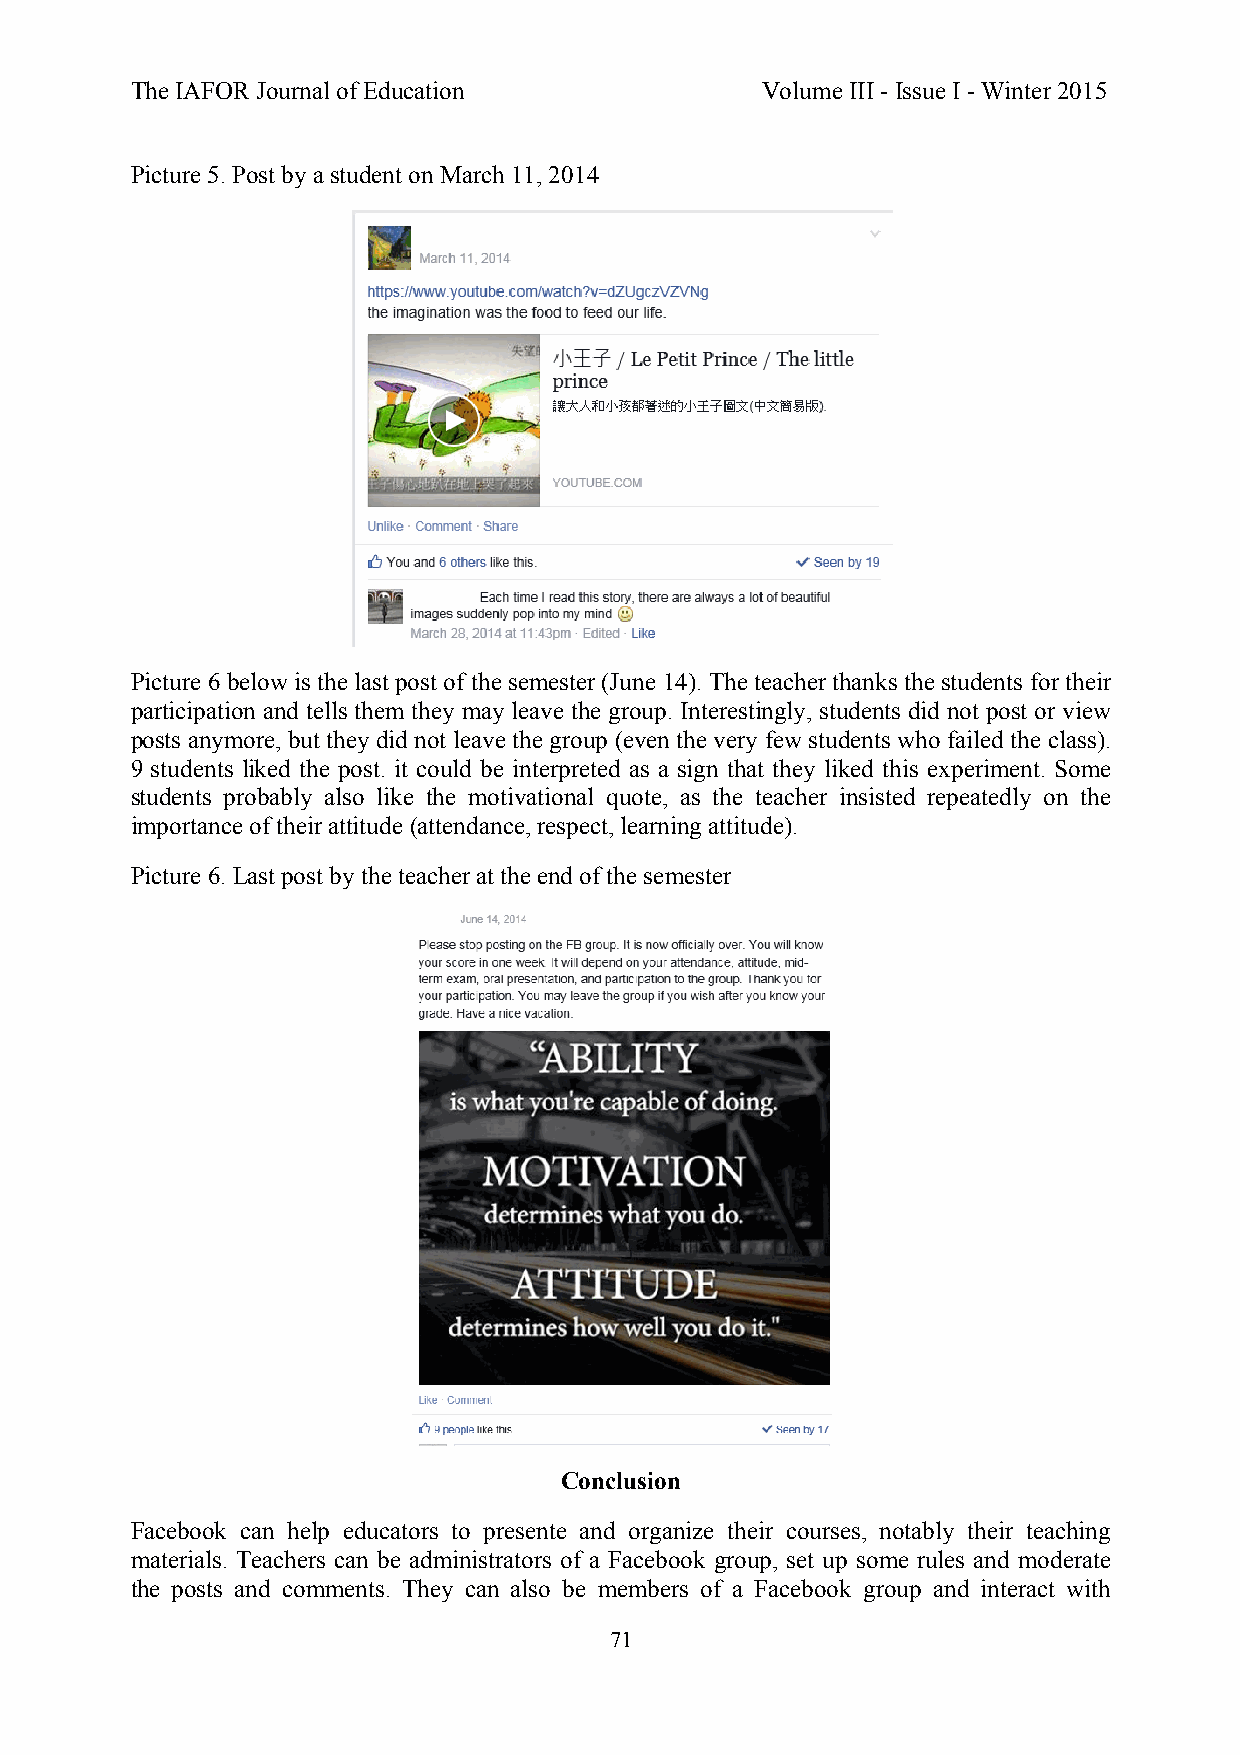
The IAFOR Journal of Education           Volume III - Issue I - Winter 2015
 Picture 5. Post by a student on March 11, 2014
 Picture 6 below is the last post of the semester (June 14). The teacher thanks the students for their
 participation and tells them they may leave the group. Interestingly, students did not post or view
 posts anymore, but they did not leave the group (even the very few students who failed the class).
 9 students liked the post. it could be interpreted as a sign that they liked this experiment. Some
 students probably also like the motivational quote, as the teacher insisted repeatedly on the
 importance of their attitude (attendance, respect, learning attitude).
 Picture 6. Last post by the teacher at the end of the semester
 Conclusion
 Facebook can help educators to presente and organize their courses, notably their teaching
 materials. Teachers can be administrators of a Facebook group, set up some rules and moderate
 the posts and comments. They can also be members of a Facebook group and interact with
 71